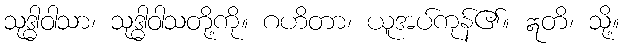
သုဒ္ဓါဝါသာ၊ သုဒ္ဓါဝါသတို့ကို။ ဂဟိတာ၊ ယူအပ်ကုန်၏။ ဣတိ၊ သို့။